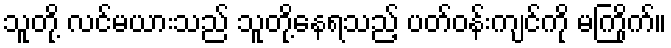
သူတို့ လင်မယားသည် သူတို့နေရသည့် ပတ်ဝန်းကျင်ကို မကြိုက်။